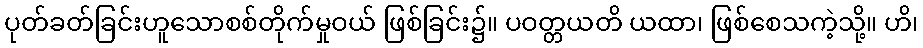
ပုတ်ခတ်ခြင်းဟူသောစစ်တိုက်မှုဝယ် ဖြစ်ခြင်း၌။ ပဝတ္တယတိ ယထာ၊ ဖြစ်စေသကဲ့သို့။ ဟိ၊